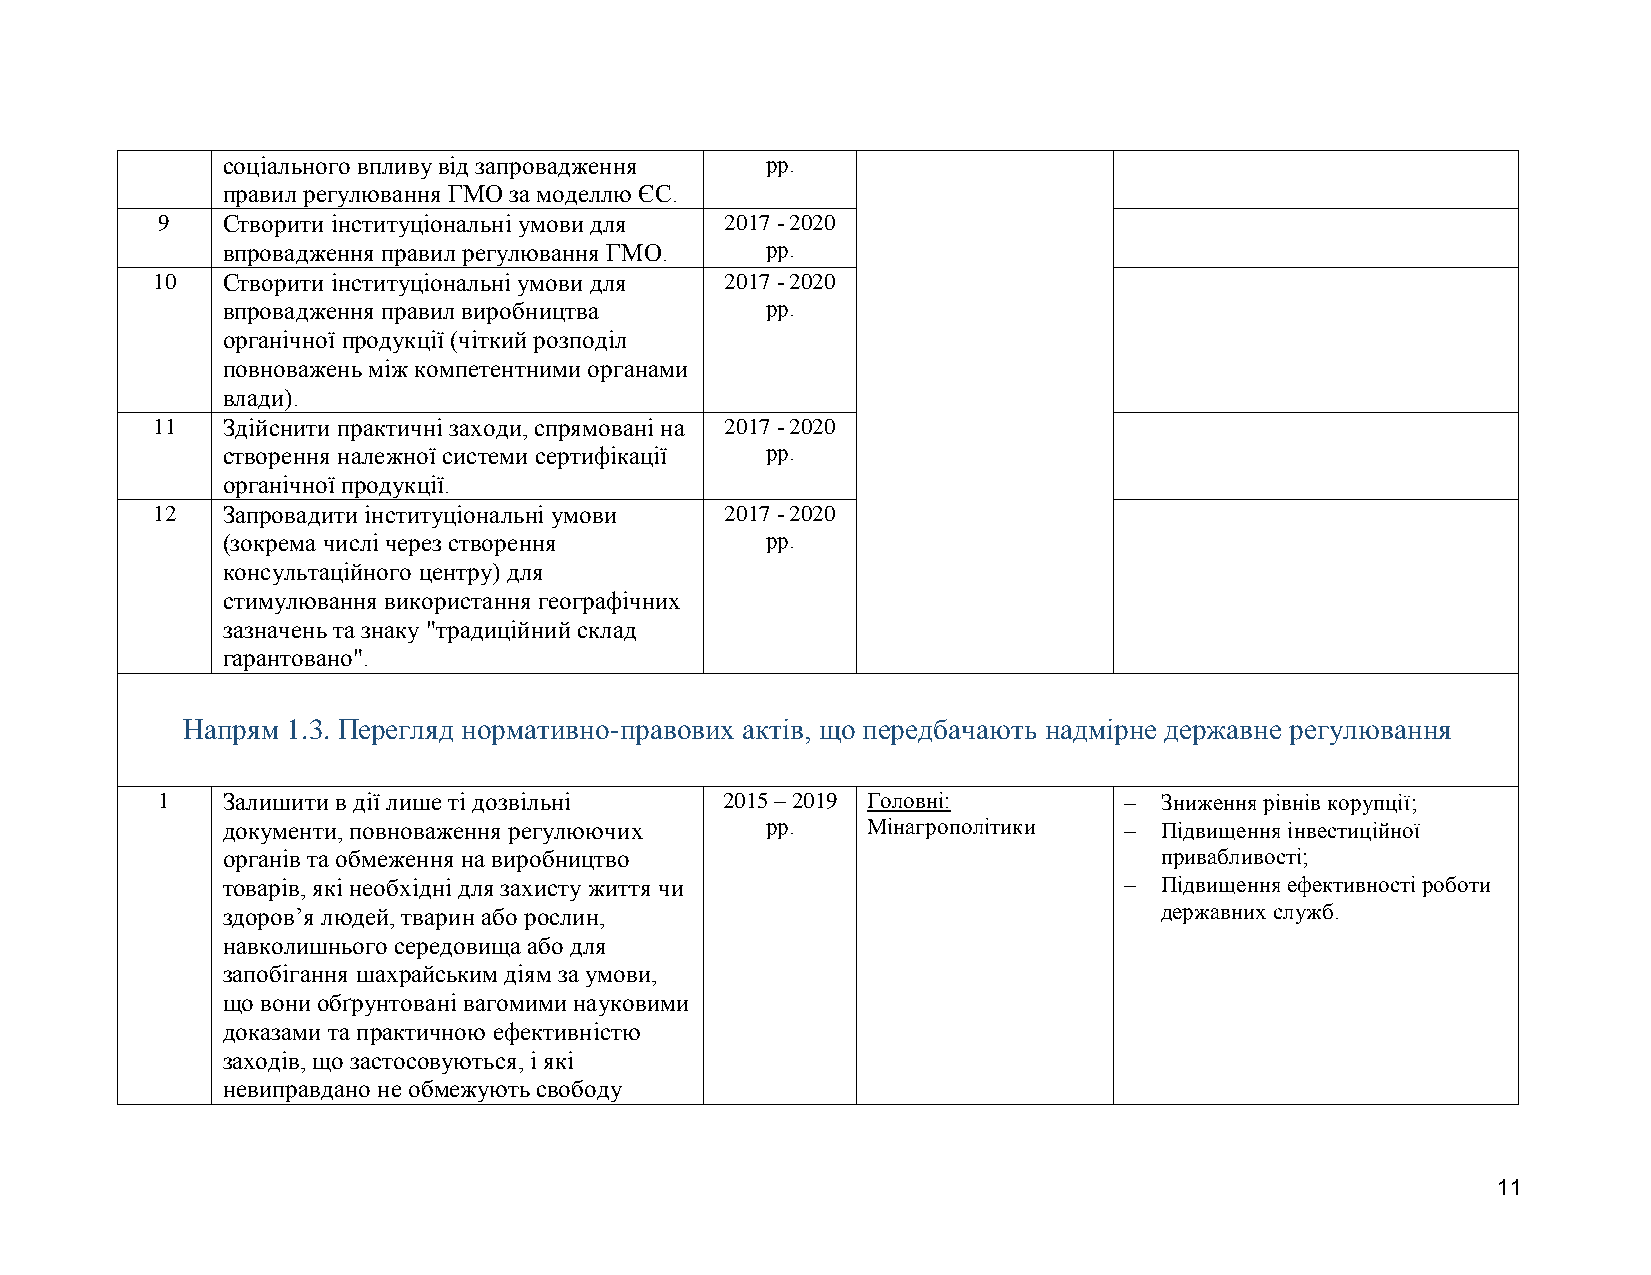
соціального впливу від запровадження рр.
 правил регулювання ГМО за моделлю ЄС.
 9    Створити інституціональні умови для 2017 - 2020
 впровадження правил регулювання ГМО. рр.
 10   Створити інституціональні умови для 2017 - 2020
 впровадження правил виробництва     рр.
 органічної продукції (чіткий розподіл
 повноважень між компетентними органами
 влади).
 11   Здійснити практичні заходи, спрямовані на 2017 - 2020
 створення належної системи сертифікації рр.
 органічної продукції.
 12   Запровадити інституціональні умови 2017 - 2020
 (зокрема числі через створення      рр.
 консультаційного центру) для
 стимулювання використання географічних
 зазначень та знаку "традиційний склад
 гарантовано".
 Напрям 1.3. Перегляд нормативно-правових актів, що передбачають надмірне державне регулювання
 1    Залишити в дії лише ті дозвільні 2015 – 2019 Головні:        Зниження рівнів корупції;
 документи, повноваження регулюючих  рр.   Мінагрополітики    Підвищення інвестиційної
 органів та обмеження на виробництво                           привабливості;
 товарів, які необхідні для захисту життя чи                  Підвищення ефективності роботи
 здоров’я людей, тварин або рослин,                            державних служб.
 навколишнього середовища або для
 запобігання шахрайським діям за умови,
 що вони обґрунтовані вагомими науковими
 доказами та практичною ефективністю
 заходів, що застосовуються, і які
 невиправдано не обмежують свободу
 11